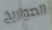
الصواريخ